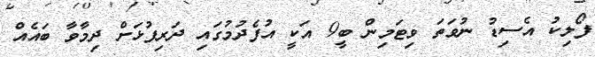
ފޯލިކު އެސިޑު ނުވަތަ ވިޓަމިން ބީ9 އަކީ އުފެދުމުގައި ދަރިފުޅަށް ދިމާވާ ބައެއް